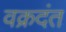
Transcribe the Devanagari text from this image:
वक्रदंत